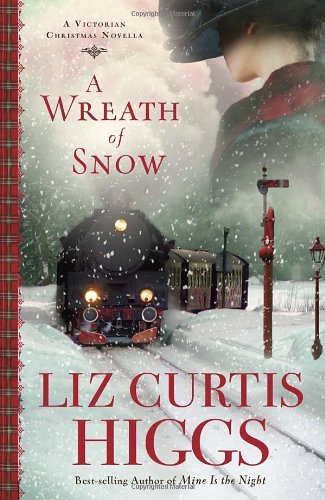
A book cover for A Wreath of Snow: A Victorian Christmas Novella; Liz Curtis Higgs; Romance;